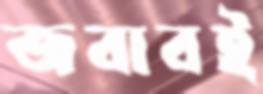
জবাবই